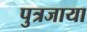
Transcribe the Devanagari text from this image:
पुत्रजाया